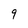
Character: 9